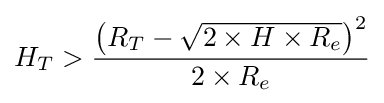
H_{T}>{\frac {\left(R_{T}-{\sqrt {2\times H\times R_{e}}}\right)^{2}}{2\times R_{e}}}